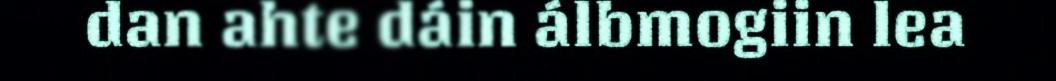
dan ahte dáin álbmogiin lea